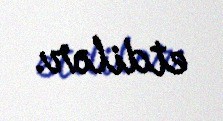
etdilər.